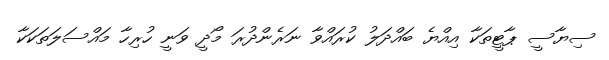
ސިޔާސީ ޕާޓީތަކާ އިއްޔެ ބައްދަލު ކުރައްވާ ނަރެންދުރަ މޯދީ ވަނީ ހުރިހާ މައްސަލަތަކަކާ